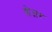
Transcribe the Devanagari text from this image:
शेजर